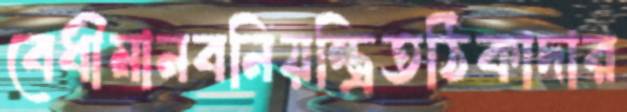
বেধীমানবনিয়ন্ত্রিতঠিকাদার